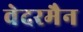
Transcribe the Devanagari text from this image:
वेदरमैन